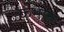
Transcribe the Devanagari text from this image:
कुंभात